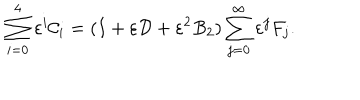
LaTeX: \sum _ { i = 0 } ^ { 4 } \varepsilon ^ { i } { \cal C } _ { i } = ( I + \varepsilon { \cal D } + \varepsilon ^ { 2 } B _ { 2 } ) \sum _ { j = 0 } ^ { \infty } \varepsilon ^ { j } F _ { j } .